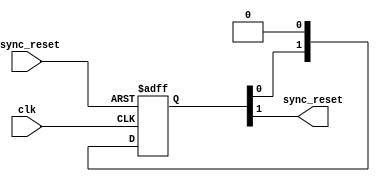
module reset_synchroniser(
clk,
async_reset,
sync_reset
);

input clk;
input async_reset;

output sync_reset;


reg [1:0]sync_reset_register;


always @ (posedge clk or posedge async_reset)
begin 
	if(async_reset)
		sync_reset_register [1:0] <= 2'b11;
	else
		sync_reset_register [1:0] <= {sync_reset_register [0],1'b0};
end
assign sync_reset = sync_reset_register[1];


endmodule